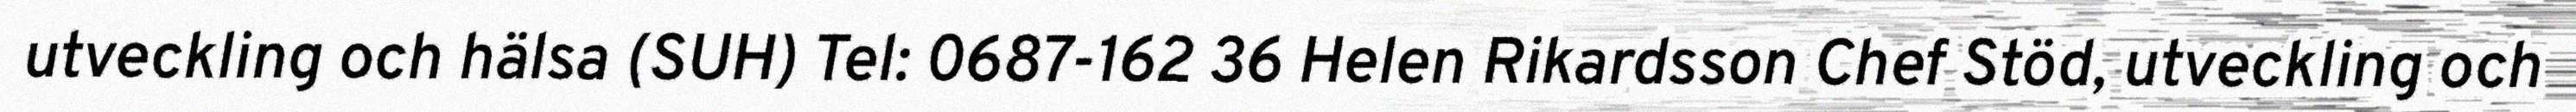
utveckling och hälsa (SUH) Tel: 0687-162 36 Helen Rikardsson Chef Stöd, utveckling och